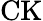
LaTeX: \mathrm{CK}